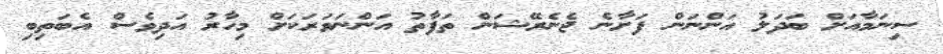
ސިނަމާއަށް ބަދަލު އަންނަން ފަށާނެ ޖެނެރޭޝަން ތަފާތު އަންނަވަރަކަށް މިހާރު އަދިވެސް އެބަތިބި